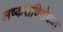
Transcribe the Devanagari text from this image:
लष्कराविरोधात